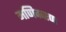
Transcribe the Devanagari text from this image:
मणिकरण